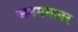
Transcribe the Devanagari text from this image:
जनमनावर